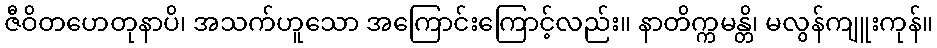
ဇီဝိတဟေတုနာပိ၊ အသက်ဟူသော အကြောင်းကြောင့်လည်း။ နာတိက္ကမန္တိ၊ မလွန်ကျူးကုန်။